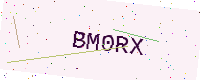
Text: BM0RX